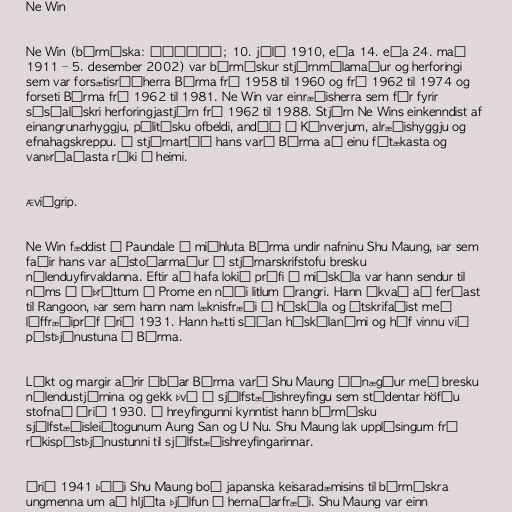
Ne Win

Ne Win (búrmíska: နေဝင်း; 10. júlí 1910, eða 14. eða 24. maí
1911 – 5. desember 2002) var búrmískur stjórnmálamaður og herforingi
sem var forsætisráðherra Búrma frá 1958 til 1960 og frá 1962 til 1974 og
forseti Búrma frá 1962 til 1981. Ne Win var einræðisherra sem fór fyrir
sósíalískri herforingjastjórn frá 1962 til 1988. Stjórn Ne Wins einkenndist af
einangrunarhyggju, pólitísku ofbeldi, andúð á Kínverjum, alræðishyggju og
efnahagskreppu. Á stjórnartíð hans varð Búrma að einu fátækasta og
vanþróaðasta ríki í heimi.

Æviágrip.

Ne Win fæddist í Paundale í miðhluta Búrma undir nafninu Shu Maung, þar sem
faðir hans var aðstoðarmaður á stjórnarskrifstofu bresku
nýlenduyfirvaldanna. Eftir að hafa lokið prófi í miðskóla var hann sendur til
náms í íþróttum í Prome en náði litlum árangri. Hann ákvað að ferðast
til Rangoon, þar sem hann nam læknisfræði í háskóla og útskrifaðist með
líffræðipróf árið 1931. Hann hætti síðan háskólanámi og hóf vinnu við
póstþjónustuna í Búrma.

Líkt og margir aðrir íbúar Búrma varð Shu Maung óánægður með bresku
nýlendustjórnina og gekk því í sjálfstæðishreyfingu sem stúdentar höfðu
stofnað árið 1930. Í hreyfingunni kynntist hann búrmísku
sjálfstæðisleiðtogunum Aung San og U Nu. Shu Maung lak upplýsingum frá
ríkispóstþjónustunni til sjálfstæðishreyfingarinnar.

Árið 1941 þáði Shu Maung boð japanska keisaradæmisins til búrmískra
ungmenna um að hljóta þjálfun í hernaðarfræði. Shu Maung var einn